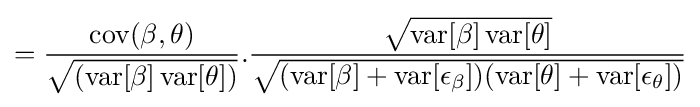
={\frac {\operatorname {cov} (\beta ,\theta )}{\sqrt {(\operatorname {var} [\beta ]\operatorname {var} [\theta ])}}}.{\frac {\sqrt {\operatorname {var} [\beta ]\operatorname {var} [\theta ]}}{\sqrt {(\operatorname {var} [\beta ]+\operatorname {var} [\epsilon _{\beta }])(\operatorname {var} [\theta ]+\operatorname {var} [\epsilon _{\theta }])}}}